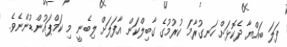
ފަލަ ބައްޔާ ދެކޮޅަށް ހަނގުރާމަ ކުރުމުގެ ގާބިލްކަން އާފަލަށް ލިބެނީ މި ކަމްޕައުންޑުންނެވެ.